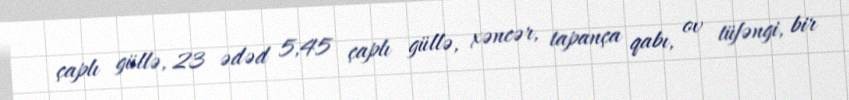
çaplı güllə, 23 ədəd 5,45 çaplı güllə, xəncər, tapança qabı, ov tüfəngi, bir